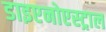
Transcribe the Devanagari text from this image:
डाइएनोएस्ट्राल